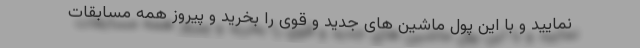
نمایید و با این پول ماشین های جدید و قوی را بخرید و پیروز همه مسابقات